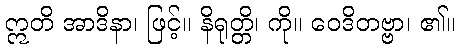
ဣတိ အာဒိနာ၊ ဖြင့်။ နိရုတ္တိ၊ ကို။ ဝေဒိတဗ္ဗာ၊ ၏။